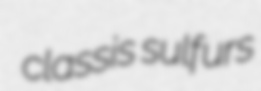
classis sulfurs